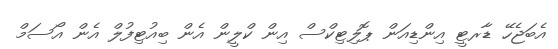
އެބަޖެހޭ ޑާރޓީ އިންޑިއަން ޕޮލިޓިކްސް އިން ކްލީން އެން ބިއުޓިފުލް އެން އޯސަމް